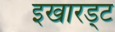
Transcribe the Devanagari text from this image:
इखारड्ट